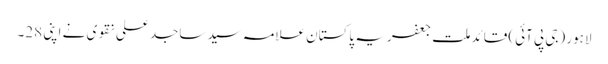
لاہور (جی پی آئی) قائد ملت جعفریہ پاکستان علامہ سید ساجد علی نقوی نے اپنی 28۔